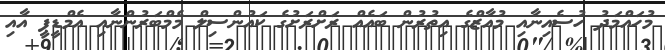
މުހައްމަދު ހުސެއިނާއި މުއާޒްގެ އިތުރުން ބައެއް ރަށްރަށުގެ ކައުންސިލް މެމްބަރުންނާއި އެމްޑީޕީ އާއި